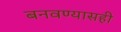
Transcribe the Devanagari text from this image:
बनवण्यासही